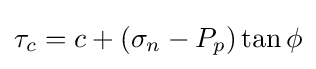
\tau _{c}=c+(\sigma _{n}-P_{p})\tan \phi